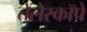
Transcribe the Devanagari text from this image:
तेलेस्कॉपे